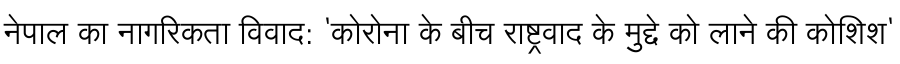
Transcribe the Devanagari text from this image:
नेपाल का नागरिकता विवाद: 'कोरोना के बीच राष्ट्रवाद के मुद्दे को लाने की कोशिश'